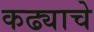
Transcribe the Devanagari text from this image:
कढ्याचे